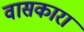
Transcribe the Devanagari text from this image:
वासकारा